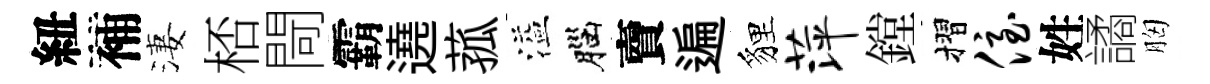
紐補淒桮閜霸遶菰溢腦𧶠遍貍萍鏜摺侄姓譎胸